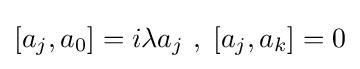
[a_{j},a_{0}]=i\lambda a_{j}~,\;[a_{j},a_{k}]=0